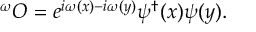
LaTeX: ^ \omega { \cal O } = e ^ { i \omega ( x ) - i \omega ( y ) } \psi ^ { \dagger } ( x ) \psi ( y ) .